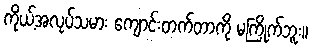
ကိုယ့်အလုပ်သမား ကျောင်းတက်တာကို မကြိုက်ဘူး။